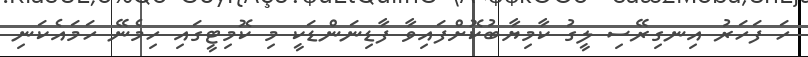
ހަ ފަހަރު އިނގިރޭސި ލީގު ކާމިޔާބުކޮށްފައިވާ ފާޑިނަންޑަކީ މި ކޮމިޓީގައި ހިމެނޭ ހަމައެކަނި